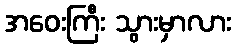
အဝေးကြီး သွားမှာလား